Vaccination United Provinces of Agra and Oudh 1923-1928 - 1923-1928
Year: 1923
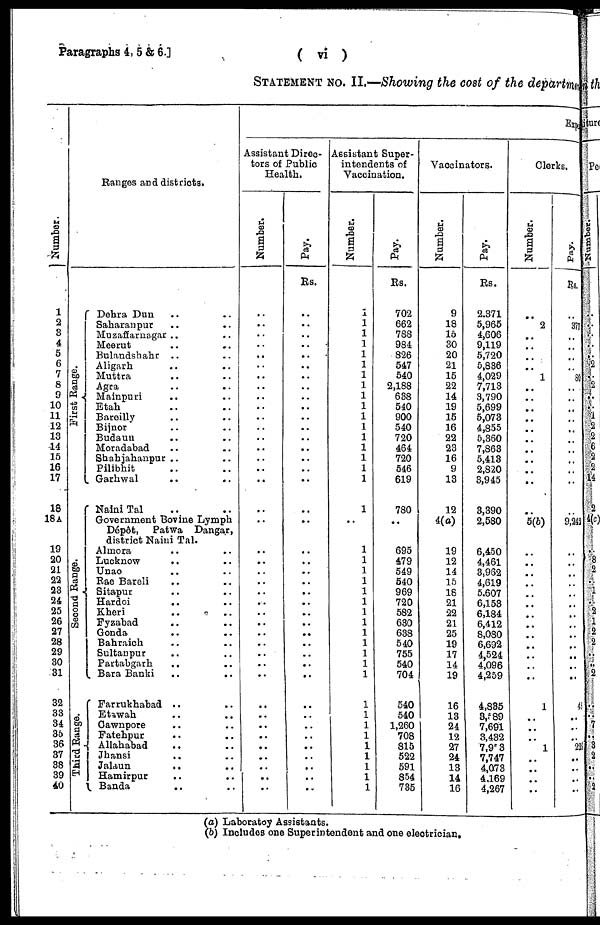
Paragraphs 4, 5 & 6.]
( vi )
STATEMENT No. II.—Showing the cost of the departme
Number.
1
2
3
4
5
6
7
8
9
10
11
12
13
14
15
16
17
18
18A
19
20
21
22
23
24
25
26
27
28
29
30
31
32
33
34
35
36
37
38
39
40
Ranges and districts.
First Range.
Second Range.
Third Range.
Dehra Dun .. ..
Saharanpur .. ..
Muzaffarnagar .. ..
Meerut .. ..
Bulandshahr .. ..
Aligarh .. ..
Muttra .. ..
Agra .. ..
Mainpuri .. ..
Etah .. ..
Bareilly .. ..
Bijnor .. ..
Budaun .. ..
Moradabad .. ..
Shahjahanpur .. ..
Pilibhit .. ..
Garhwal .. ..
Naini Tal .. ..
Government Bovine Lymph
Dépôt, Patwa Dangar,
district Naini Tal.
Almora .. ..
Lucknow .. ..
Unao .. ..
Rae Bareli .. ..
Sitapur .. ..
Hardoi .. ..
Kheri .. ..
Fyzabad .. ..
Gonda .. ..
Bahraich .. ..
Sultanpur .. ..
Partabgarh .. ..
Bara Banki .. ..
Farrukhabad .. ..
Etawah .. ..
Cawnpore .. ..
Fatehpur .. ..
Allahabad .. ..
Jhansi .. ..
Jalaun
.. ..
Hamirpur .. ..
Banda .. ..
Exp
Assistant Direc-
tors of Public
Health.
Number.
..
..
..
..
..
..
..
..
..
..
..
..
..
..
..
..
..
..
..
..
..
..
..
..
..
..
..
..
..
..
..
..
..
..
..
..
..
..
..
..
..
Pay.
Rs.
..
..
..
..
..
..
..
..
..
..
..
..
..
..
..
..
..
..
..
..
..
..
..
..
..
..
..
..
..
..
..
..
..
..
..
..
..
..
..
..
..
Assistant Super-
intendents of
Vaccination.
Number.
1
1
1
1
1
1
1
1
1
1
1
1
1
1
1
1
1
1
..
1
1
1
1
1
1
1
1
1
1
1
1
1
1
1
1
1
1
1
1
1
1
Pay.
Rs.
702
662
788
984
826
547
540
2,188
638
540
900
540
720
464
720
546
619
780
..
695
479
549
540
969
720
582
630
638
540
755
540
704
540
540
1,260
708
815
522
591
854
735
Vaccinators.
Number.
9
18
15
30
20
21
15
22
14
19
15
16
22
23
16
9
13
12
4(a)
19
12
14
15
18
21
22
21
25
19
17
14
19
16
13
24
12
27
24
13
14
16
Pay.
Rs.
2,371
5,965
4,606
9,119
5,720
5,836
4,029
7,713
3,790
5,699
5,073
4,855
5,360
7,863
5,413
2,820
3,945
3,390
2,580
6,450
4,461
3,962
4,619
5,607
6,153
6,184
6,412
8,080
6,692
4,524
4,096
4,259
4,835
3,589
7,691
3,432
7,953
7,747
4,073
4,169
4,267
Clerks.
Number.
..
2
..
..
..
..
1
..
..
..
..
..
..
..
..
..
..
..
5(b)
..
..
..
..
..
..
..
..
..
..
..
..
..
1
..
..
..
1
..
..
..
..
Pay.
Rs.
..
377
..
..
..
..
80
..
..
..
..
..
..
..
..
..
..
..
9,242
..
..
..
..
..
..
..
..
..
..
..
..
..
..
..
..
..
2
..
..
..
..
(a) Laboratoy Assistants.
(b) Includes one Superintendent and one electrician.